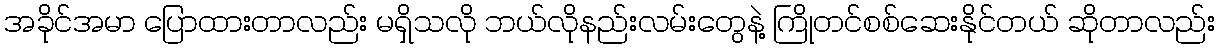
အခိုင်အမာ ပြောထားတာလည်း မရှိသလို ဘယ်လိုနည်းလမ်းတွေနဲ့ ကြိုတင်စစ်ဆေးနိုင်တယ် ဆိုတာလည်း